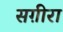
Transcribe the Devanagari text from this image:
सग़ीरा